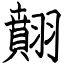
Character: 翸